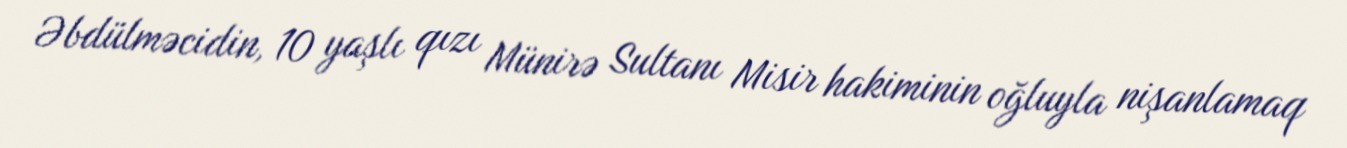
Əbdülməcidin, 10 yaşlı qızı Münirə Sultanı Misir hakiminin oğluyla nişanlamaq